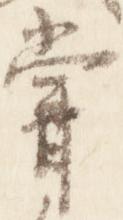
嘗